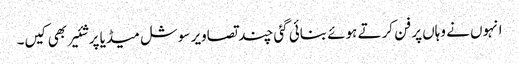
انہوں نے وہاں پر فن کرتے ہوئے بنائی گئی چند تصاویر سوشل میڈیا پر شئیر بھی کیں۔